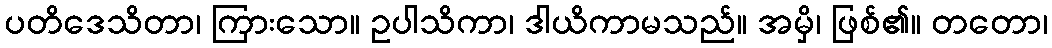
ပတိဒေသိတာ၊ ကြားသော။ ဥပါသိကာ၊ ဒါယိကာမသည်။ အမှိ၊ ဖြစ်၏။ တတော၊